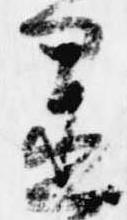
置